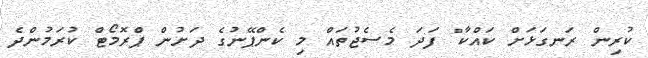
ކުރިން ރަނގަޅަށް ކައްކާ" ފަދަ މެސެޖުތައް މި ކެންޕޭނުގެ ދަށުން ޕްރޮމޯޓް ކުރަމުންދެ